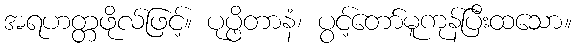
အရဟတ္တဖိုလ်ဖြင့်။ ပုပ္ဖိတာနံ၊ ပွင့်တော်မူကုန်ပြီးထသော။